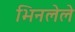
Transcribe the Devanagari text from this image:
भिनलेले